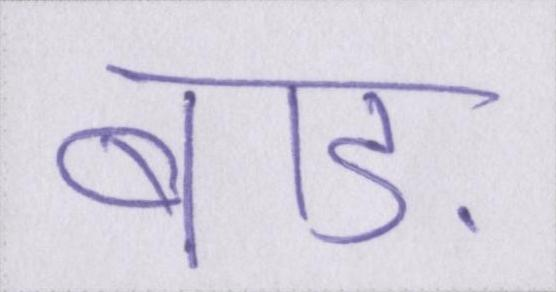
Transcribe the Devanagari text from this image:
बाड़